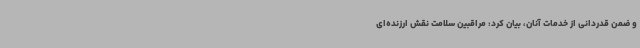
و ضمن قدردانی از خدمات آنان، بیان کرد: مراقبین سلامت نقش ارزنده‌ای